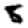
Digit: 8